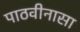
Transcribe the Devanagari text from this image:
पाठवीनासा